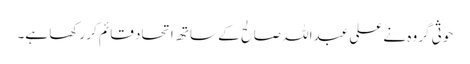
حوثی گروہ نے علی عبداللہ صالح کے ساتھ اتحاد قائم کر رکھا ہے۔